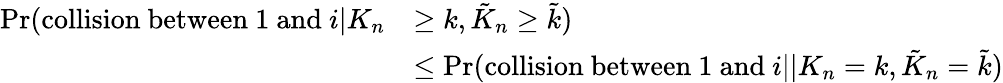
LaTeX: \begin{array}{rl}{\operatorname*{Pr}(\mathrm{collision~between~1~and~}i|K_{n}}&{\ge k,\tilde{K}_{n}\ge\tilde{k})}\\ &{\le\operatorname*{Pr}(\mathrm{collision~between~1~and~}i||K_{n}=k,\tilde{K}_{n}=\tilde{k})}\end{array}